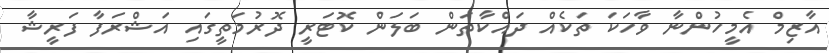
އާޒިމް އެމީހުންނާ ވާހަކަ ތަކެއް ދައްކާތަން ބަލަން ކޮޓަރީ ދޮރުމަތީގައި އަޝްރަފާ ފަރީޝާ